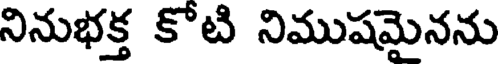
నినుభక్త కోటి నిముషమైనను